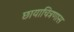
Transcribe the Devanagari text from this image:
छायाचित्रणास